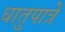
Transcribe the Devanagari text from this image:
धातुपात्रें